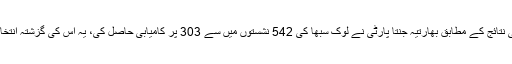
بھارتی الیکشن کمیشن کے حتمی نتائج کے مطابق بھارتیہ جنتا پارٹی نے لوک سبھا کی 542 نشستوں میں سے 303 پر کامیابی حاصل کی، یہ اس کی گزشتہ انتخابات سے بھی بڑی کامیابی ہے۔